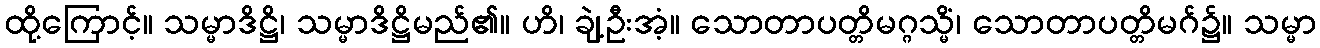
ထို့ကြောင့်။ သမ္မာဒိဋ္ဌိ၊ သမ္မာဒိဋ္ဌိမည်၏။ ဟိ၊ ချဲ့ဦးအံ့။ သောတာပတ္တိမဂ္ဂသ္မိံ၊ သောတာပတ္တိမဂ်၌။ သမ္မာ